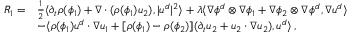
\begin{array} { r l } { R _ { 1 } = } & { \frac { 1 } { 2 } \langle \partial _ { t } \rho ( \phi _ { 1 } ) + \nabla \cdot ( \rho ( \phi _ { 1 } ) u _ { 2 } ) , | u ^ { d } | ^ { 2 } \rangle + \lambda \langle \nabla \phi ^ { d } \otimes \nabla \phi _ { 1 } + \nabla \phi _ { 2 } \otimes \nabla \phi ^ { d } , \nabla u ^ { d } \rangle } \\ & { - \langle \rho ( \phi _ { 1 } ) u ^ { d } \cdot \nabla u _ { 1 } + [ \rho ( \phi _ { 1 } ) - \rho ( \phi _ { 2 } ) ] ( \partial _ { t } u _ { 2 } + u _ { 2 } \cdot \nabla u _ { 2 } ) , u ^ { d } \rangle \, , } \end{array}